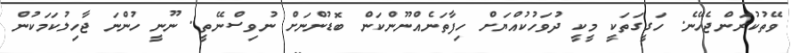
ވޭތުކުރަންޖެހޭނެ. ހަގީގަތަކީ މީކީ ދުވަހުކުއްޔަށް ހިފާތަނެއްނޫންކަން ބޮޑުންނަށް ނުވިސްނޭތީ. ނޫނީ ހުންނަ ޖާހިލުކަމަކުން